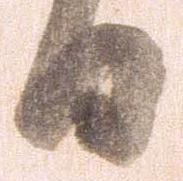
日